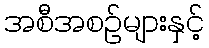
အစီအစဉ်များနှင့်